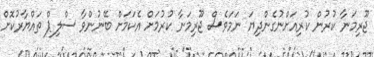
ޖޫރިމަނާ ކުރުން ކުރިއަށްނުގެންދިޔަ ނަމަވެސް ޖޫރިމަނާ ކުރުމަށް އެކަމަށް ބޭނުންވާ ސްލިޕް ތައްޔާރުކޮށް